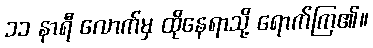
၁၁ နာရီ လောက်မှ ထိုနေရာသို့ ရောက်ကြ၏။